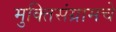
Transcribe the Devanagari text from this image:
मुक्तिसंग्रामचे